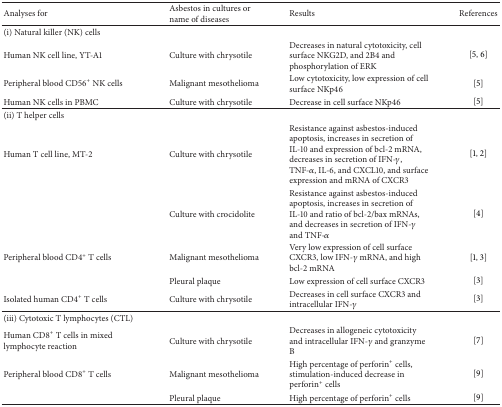
<table><thead><tr><td><b>Analyses for</b></td><td><b>Asbestos in cultures or name of diseases</b></td><td><b>Results</b></td><td><b>References</b></td></tr></thead><tbody><tr><td>(i) Natural killer (NK) cells</td><td> </td><td> </td><td> </td></tr><tr><td>Human NK cell line, YT-A1</td><td>Culture with chrysotile</td><td>Decreases in natural cytotoxicity, cell surface NKG2D, and 2B4 and phosphorylation of ERK</td><td>[5, 6]</td></tr><tr><td>Peripheral blood CD56<sup>+</sup> NK cells</td><td>Malignant mesothelioma</td><td>Low cytotoxicity, low expression of cell surface NKp46</td><td>[5]</td></tr><tr><td>Human NK cells in PBMC</td><td>Culture with chrysotile</td><td>Decrease in cell surface NKp46</td><td>[5]</td></tr><tr><td>(ii) T helper cells</td><td> </td><td> </td><td> </td></tr><tr><td>Human T cell line, MT-2</td><td>Culture with chrysotile</td><td>Resistance against asbestos-induced apoptosis, increases in secretion of IL-10 and expression of bcl-2 mRNA, decreases in secretion of IFN-<i>γ</i>, TNF-<i>α</i>, IL-6, and CXCL10, and surface expression and mRNA of CXCR3</td><td>[1, 2]</td></tr><tr><td> </td><td>Culture with crocidolite</td><td>Resistance against asbestos-induced apoptosis, increases in secretion of IL-10 and ratio of bcl-2/bax mRNAs, and decreases in secretion of IFN-<i>γ</i> and TNF-<i>α</i></td><td>[4]</td></tr><tr><td>Peripheral blood CD4<sup>+</sup> T cells</td><td>Malignant mesothelioma</td><td>Very low expression of cell surface CXCR3, low IFN-<i>γ</i> mRNA, and high bcl-2 mRNA</td><td>[1, 3]</td></tr><tr><td> </td><td>Pleural plaque</td><td>Low expression of cell surface CXCR3 </td><td>[3]</td></tr><tr><td>Isolated human CD4<sup>+</sup> T cells</td><td>Culture with chrysotile</td><td>Decreases in cell surface CXCR3 and intracellular IFN-<i>γ</i></td><td>[3]</td></tr><tr><td>(iii) Cytotoxic T lymphocytes (CTL)</td><td> </td><td> </td><td> </td></tr><tr><td>Human CD8<sup>+</sup> T cells in mixed lymphocyte reaction</td><td>Culture with chrysotile</td><td>Decreases in allogeneic cytotoxicity and intracellular IFN-<i>γ</i> and granzyme B</td><td>[7]</td></tr><tr><td>Peripheral blood CD8<sup>+</sup> T cells</td><td>Malignant mesothelioma</td><td>High percentage of perforin<sup>+</sup> cells, stimulation-induced decrease in perforin<sup>+</sup> cells</td><td>[9]</td></tr><tr><td> </td><td>Pleural plaque</td><td>High percentage of perforin<sup>+</sup> cells</td><td>[9]</td></tr></tbody></table>